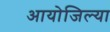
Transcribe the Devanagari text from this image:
आयोजिल्या